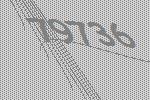
79736